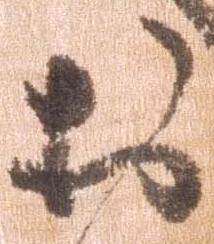
於